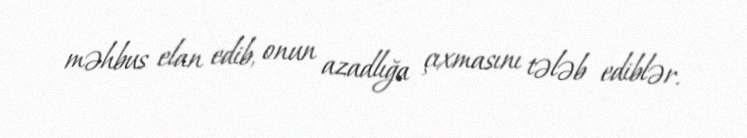
məhbus elan edib, onun azadlığa çıxmasını tələb ediblər.